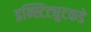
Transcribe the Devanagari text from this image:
इन्स्टिट्युटकडे